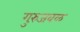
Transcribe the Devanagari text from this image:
गुरुंजवळ